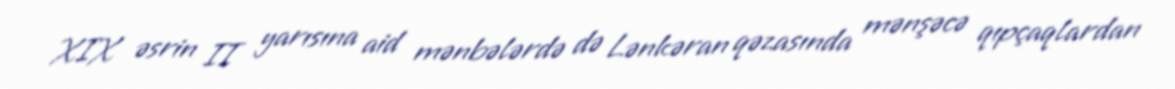
XIX əsrin II yarısına aid mənbələrdə də Lənkəran qəzasında mənşəcə qıpçaqlardan